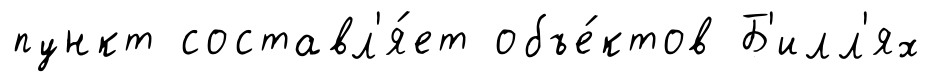
пункт составл'я́ет объе́ктов Б'илл'ях